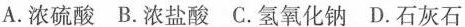
A.浓硫酸 B.浓盐酸 C.氢氧化钠 D.石灰石